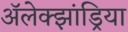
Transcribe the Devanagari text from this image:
अॅलेक्झांड्रिया